Indian journal of veterinary science and animal husbandry - Volume 4,
Year: 1934
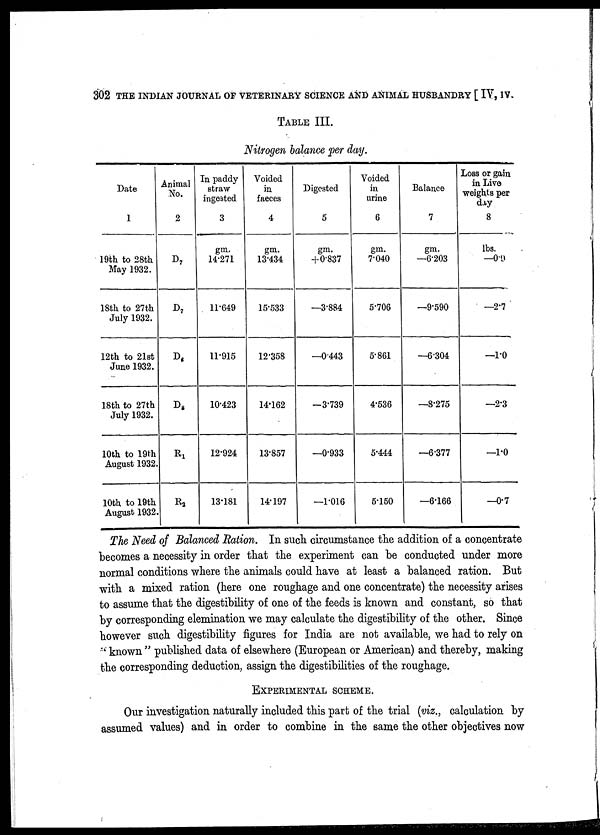
302 THE INDIAN JOURNAL OF VETERINARY SCIENCE AND ANIMAL HUSBANDRY [ IV, IV.
TABLE III.
Nitrogen balance per day.
Date
1
19th to 28th
May 1932.
18th to 27th
July 1932.
12th to 21st
June 1932.
18th to 27th
July 1932.
10th to 19th
August 1932.
10th to 19th
August 1932
Animal
No.
2
D 7
D 7
D 8
D 8
R 1
R 2
In paddy
straw
ingested
3
gm.
14.271
11.649
11.915
10.423
12.924
13.181
Voided
in
faeces
4
gm.
13.434
15.533
12.358
14.162
13.857
14.197
Digested
5
gm.
+0.837
—3.884
—0.443
—3.739
—0.933
—1.016
Voided
in
urine
6
gm.
7.040
5.706
5.861
4.536
5.444
5.150
Balance
7
gm.
—6.203
—9.590
—6.304
—8.275
—6.377
—6.166
Loss or gain
in Live
weights per
day
8
lbs.
—0.9
—2.7
—1.0
—2.3
—1.0
—0.7
The Need of Balanced Ration. In such circumstance the addition of a concentrate
becomes a necessity in order that the experiment can be conducted under more
normal conditions where the animals could have at least a balanced ration. But
with a mixed ration (here one roughage and one concentrate) the necessity arises
to assume that the digestibility of one of the feeds is known and constant, so that
by corresponding elemination we may calculate the digestibility of the other. Since
however such digestibility figures for India are not available, we had to rely on
" known " published data of elsewhere (European or American) and thereby, making
the corresponding deduction, assign the digestibilities of the roughage.
EXPERIMENTAL SCHEME.
Our investigation naturally included this part of the trial (viz., calculation by
assumed values) and in order to combine in the same the other objectives now